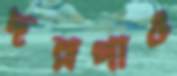
দরগাও